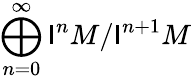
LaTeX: \bigoplus_{n=0}^{\infty}\mathsf{I}^{n}M/\mathsf{I}^{n+1}M